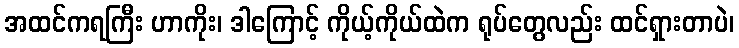
အထင်ကရကြီး ဟာကိုး၊ ဒါကြောင့် ကိုယ့်ကိုယ်ထဲက ရုပ်တွေလည်း ထင်ရှားတာပဲ၊